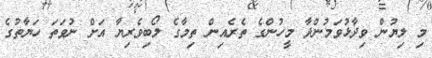
މި ލިޔުން ވިދާޅުވަމުންދާ މީހުންގެ ތެރެއިން ތިމާގެ ލޯބިވެރިޔާ އަށް ނުވަތަ ހަޔާތުގެ